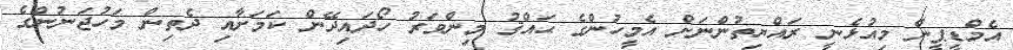
އެމްޑީޕީން މިއުޅެނީ ރައްޔިތުންނަށް އެމީހުންގެ ޙައްޤު މިންވަރު ހޯދައިދޭން ކަމަށާއި ދެތިން މަހުޖަނުންގެ